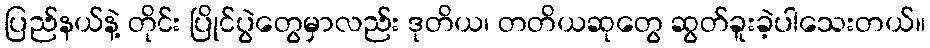
ပြည်နယ်နဲ့ တိုင်း ပြိုင်ပွဲတွေမှာလည်း ဒုတိယ၊ တတိယဆုတွေ ဆွတ်ခူးခဲ့ပါသေးတယ်။